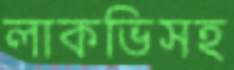
লাকভিসহ